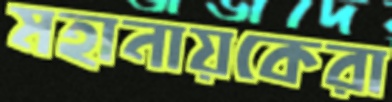
মহানায়কেরা